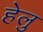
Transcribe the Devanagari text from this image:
हेलु